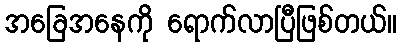
အခြေအနေကို ရောက်လာပြီဖြစ်တယ်။